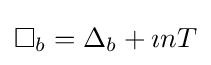
\Box _{b}=\Delta _{b}+\imath nT